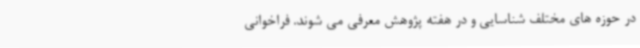
در حوزه های مختلف شناسایی و در هفته پژوهش معرفی می شوند. فراخوانی